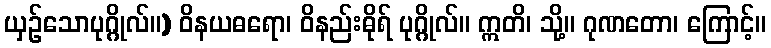
ယှဉ်သောပုဂ္ဂိုလ်။) ဝိနယဓရော၊ ဝိနည်းဓိုရ် ပုဂ္ဂိုလ်။ ဣတိ၊ သို့။ ဂုဏတော၊ ကြောင့်။